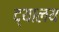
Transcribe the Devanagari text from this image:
द्यालय